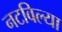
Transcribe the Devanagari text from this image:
नटविल्या